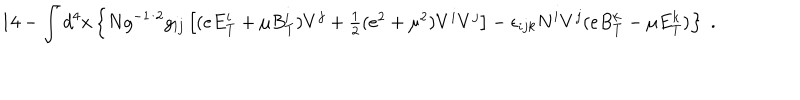
1 4 - \int d ^ { 4 } x \left\{ N g ^ { - 1 / 2 } g _ { i j } \left[ ( e E _ { T } ^ { i } + \mu B _ { T } ^ { i } ) V ^ { j } + \textstyle { \frac { 1 } { 2 } } ( e ^ { 2 } + \mu ^ { 2 } ) V ^ { i } V ^ { j } \right] - \epsilon _ { i j k } N ^ { i } V ^ { j } ( e B _ { T } ^ { k } - \mu E _ { T } ^ { k } ) \right\} \; .